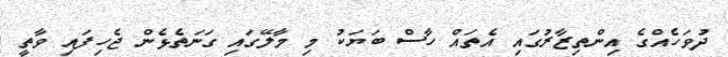
ދުވަހެއްގެ އިންތިޒާރުގައި އެތައް ހާސް ބަޔަކު މި މާލޭގައި ގަނަތެޅެން ޖެހިފައި ވާތީ